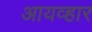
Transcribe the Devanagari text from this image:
आयव्हार